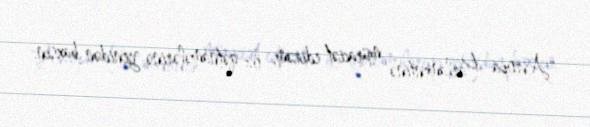
"Avropa Parlamentinə müraciət edirəm, öz qətnamələrinə yenidən baxsın.